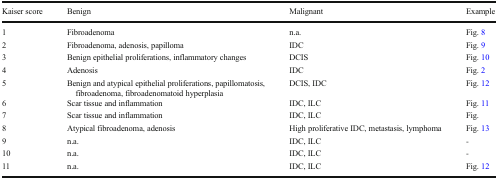
<table><thead><tr><td><b>Kaiser score</b></td><td><b>Benign</b></td><td><b>Malignant</b></td><td><b>Example</b></td></tr></thead><tbody><tr><td>1</td><td>Fibroadenoma</td><td>n.a.</td><td>Fig. 8</td></tr><tr><td>2</td><td>Fibroadenoma, adenosis, papilloma</td><td>IDC</td><td>Fig. 9</td></tr><tr><td>3</td><td>Benign epithelial proliferations, inflammatory changes</td><td>DCIS</td><td>Fig. 10</td></tr><tr><td>4</td><td>Adenosis</td><td>IDC</td><td>Fig. 2</td></tr><tr><td>5</td><td>Benign and atypical epithelial proliferations, papillomatosis, fibroadenoma, fibroadenomatoid hyperplasia</td><td>DCIS, IDC</td><td>Fig. 12</td></tr><tr><td>6</td><td>Scar tissue and inflammation</td><td>IDC, ILC</td><td>Fig. 11</td></tr><tr><td>7</td><td>Scar tissue and inflammation</td><td>IDC, ILC</td><td>Fig.</td></tr><tr><td>8</td><td>Atypical fibroadenoma, adenosis</td><td>High proliferative IDC, metastasis, lymphoma</td><td>Fig. 13</td></tr><tr><td>9</td><td>n.a.</td><td>IDC, ILC</td><td>-</td></tr><tr><td>10</td><td>n.a.</td><td>IDC, ILC</td><td>-</td></tr><tr><td>11</td><td>n.a.</td><td>IDC, ILC</td><td>Fig. 12</td></tr></tbody></table>